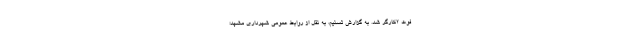
فوت ۲کارگر شد. به گزارش تسنیم، به نقل از روابط عمومی شهرداری مشهد؛